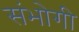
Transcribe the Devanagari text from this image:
संभोगी